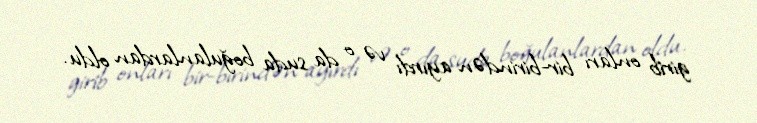
girib onları bir-birindən ayırdı və o da suda boğulanlardan oldu.